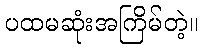
ပထမဆုံးအကြိမ်တဲ့။